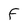
Character: F